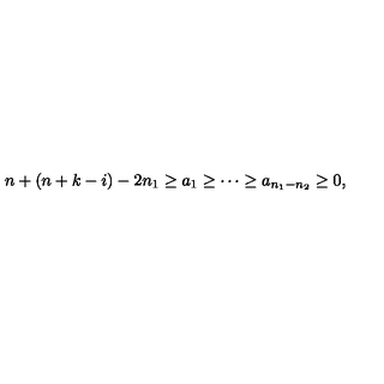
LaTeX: n + ( n + k - i ) - 2 n _ { 1 } \geq a _ { 1 } \geq \cdots \geq a _ { n _ { 1 } - n _ { 2 } } \geq 0 ,